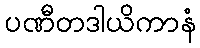
ပဏီတဒါယိကာနံ